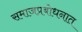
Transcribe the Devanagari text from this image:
समाजप्रबोधनात